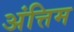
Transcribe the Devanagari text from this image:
अंत्तिम